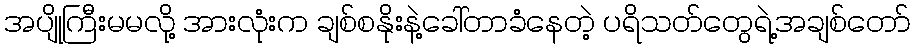
အပျိုကြီးမမလို့ အားလုံးက ချစ်စနိုးနဲ့ခေါ်တာခံနေတဲ့ ပရိသတ်တွေရဲ့အချစ်တော်